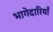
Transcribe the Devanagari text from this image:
भागेदारियाँ